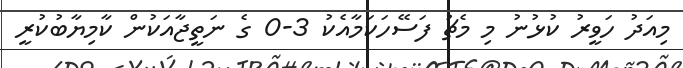
މިއަދު ހަވީރު ކުޅުނު މި މެޗު ފަސޭހަކަމާއެކު 3-0 ގެ ނަތީޖާއަކުން ކާމިޔާބުކުރީ